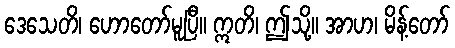
ဒေသေတိ၊ ဟောတော်မူပြီ။ ဣတိ၊ ဤသို့။ အာဟ၊ မိန့်တော်